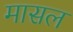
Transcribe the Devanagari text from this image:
मासल